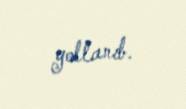
yollanıb.